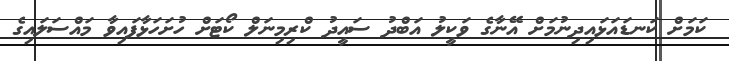
ކަމަށް ކަނޑައަޅައިދިނުމަށް އޭނާގެ ވަކީލު އަބްދު ސައީދު ކްރިމިނަލް ކޯޓަށް ހުށަހަޅާފައިވާ މައްސަލައިގެ